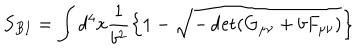
S _ { B I } = \int d ^ { 4 } x \frac { 1 } { b ^ { 2 } } \left\{ 1 - \sqrt { - \det ( G _ { \mu \nu } + b F _ { \mu \nu } ) } \right\} \,